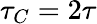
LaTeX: \tau_{C}=2\tau